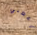
إعطني